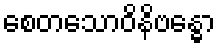
စေတသောဝိနိဗန္ဓော